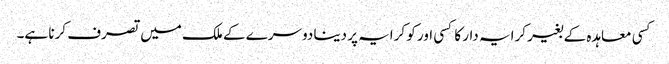
کسی معاہدہ کے بغیر کرایہ دار کا کسی اور کو کرایہ پر دینا دوسرے کے ملک میں تصرف کرنا ہے۔